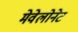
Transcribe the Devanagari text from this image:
मेवेलोनेट